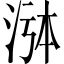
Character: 𬇸